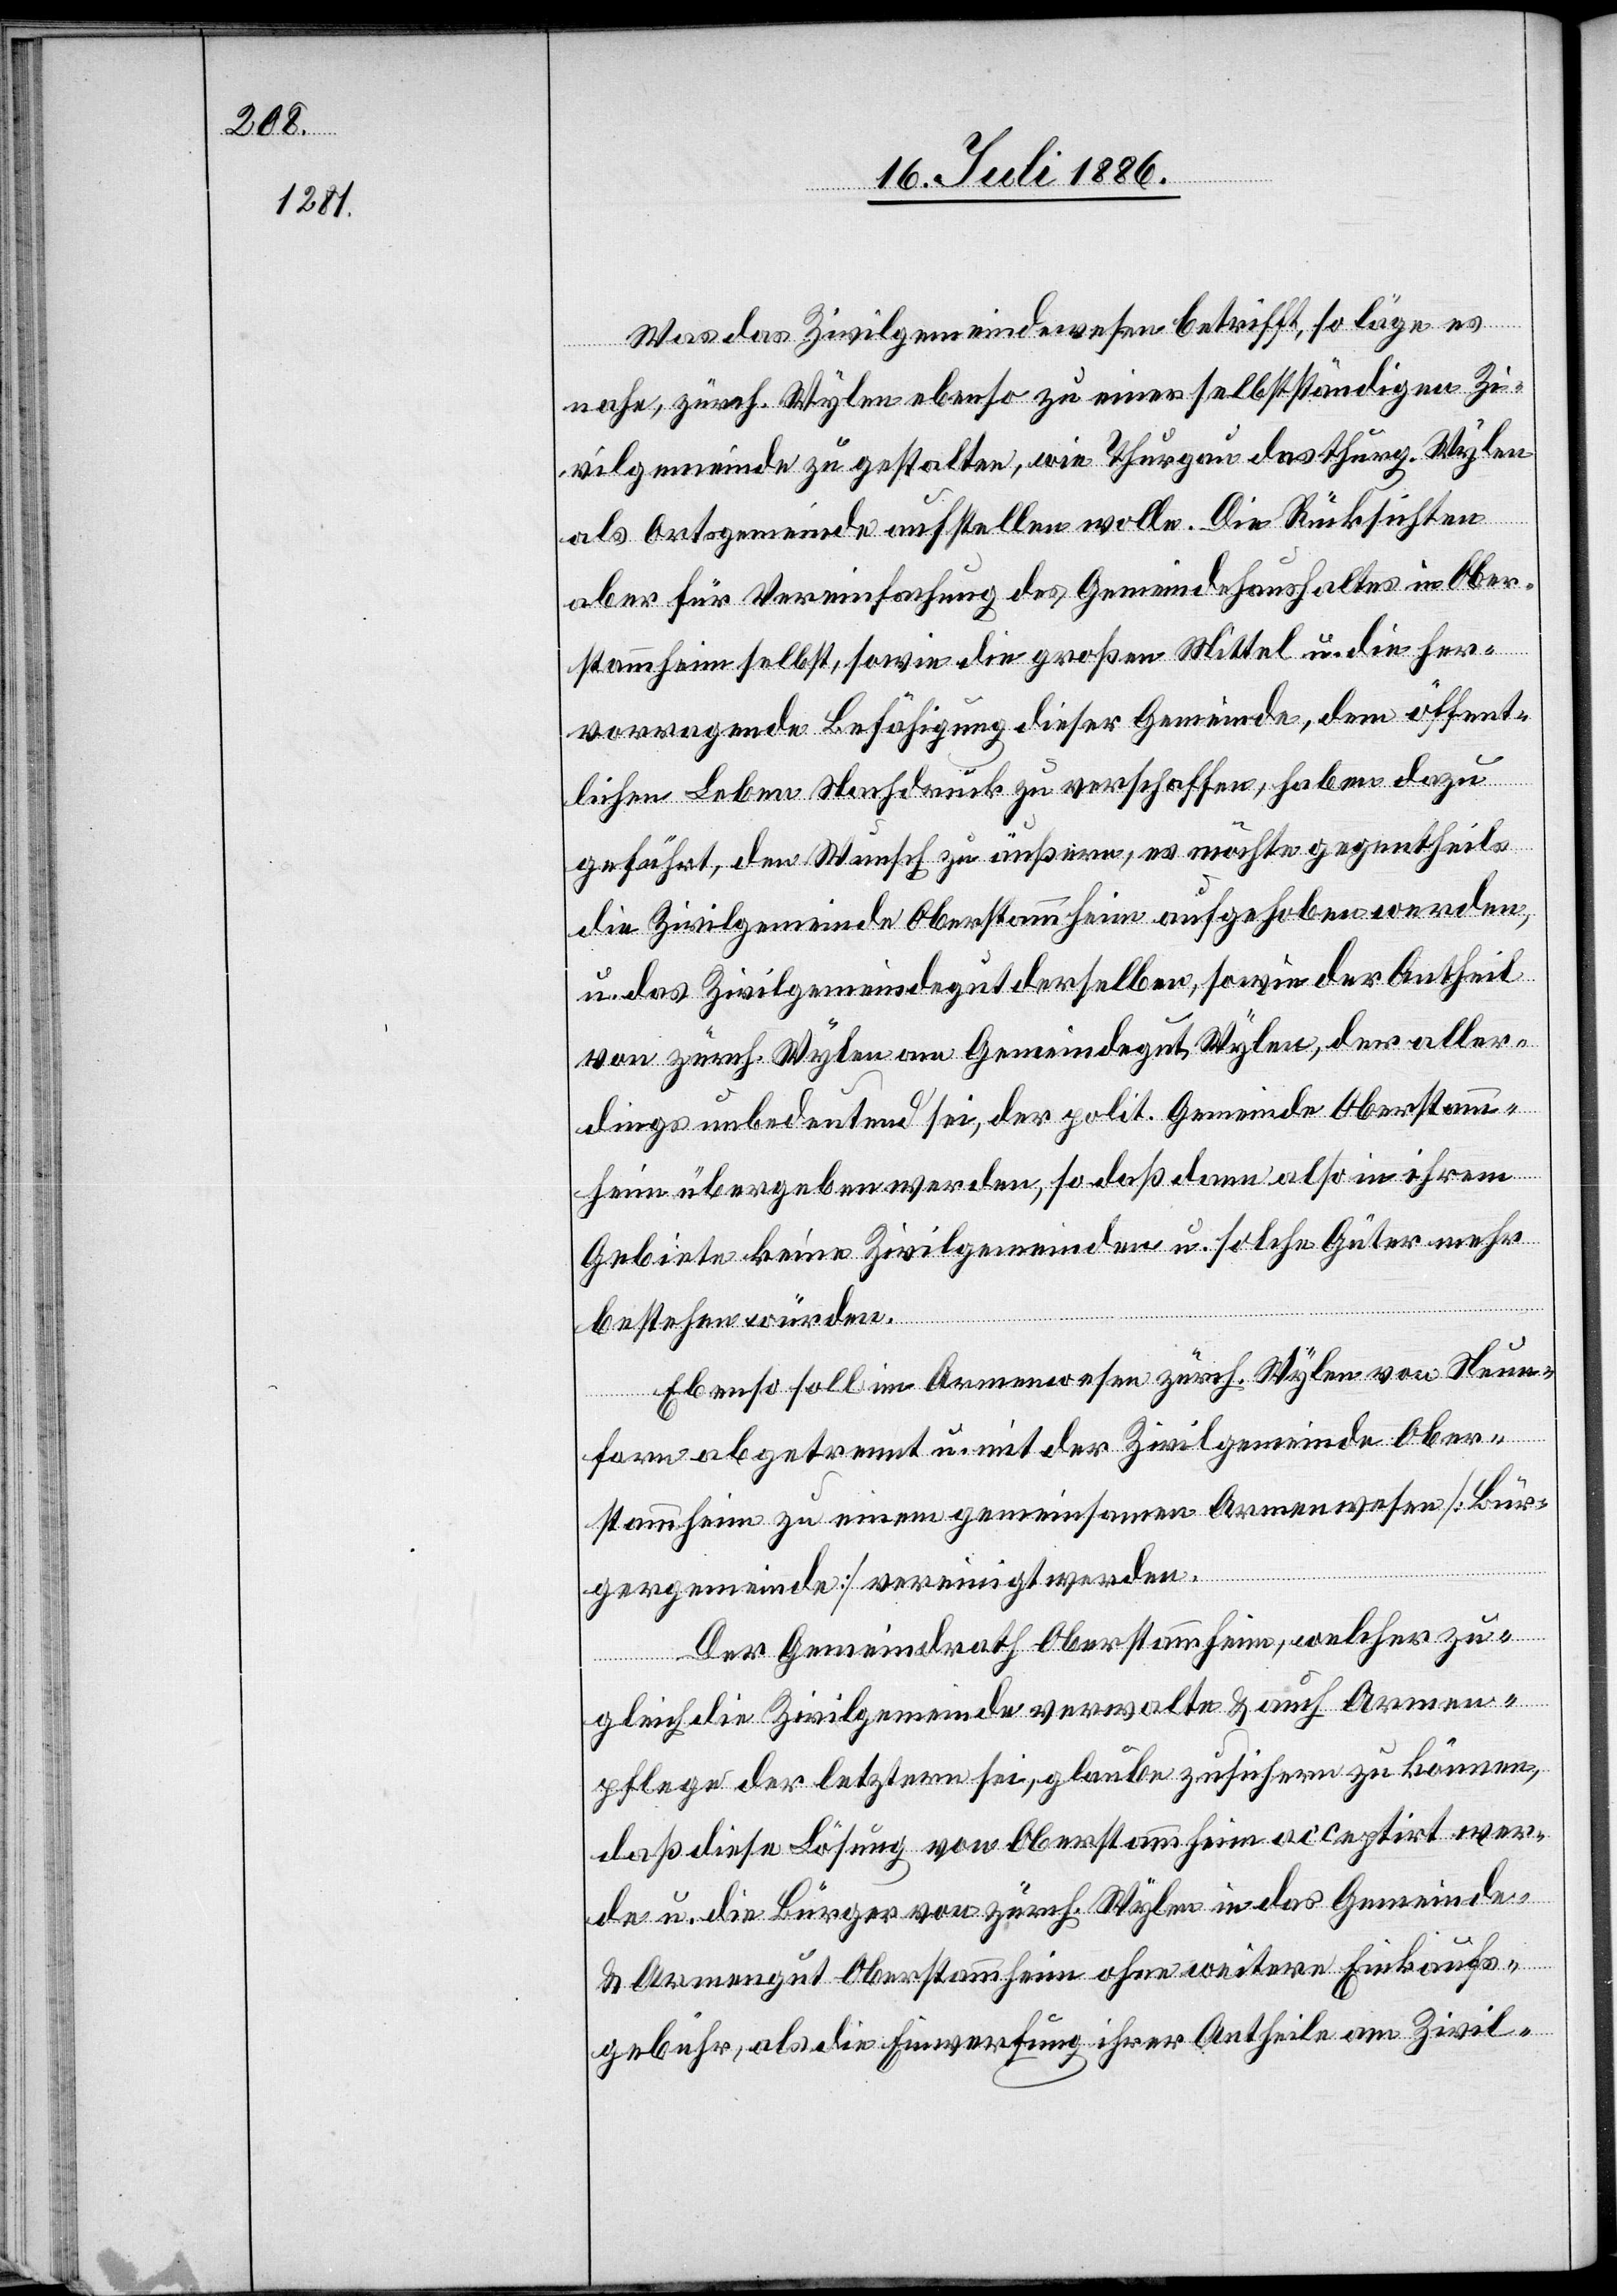
Was das Zivilgemeindewesen betrifft, so läge es
nahe, zürch. Wylen ebenso zu einer selbstständigen Zi¬
vilgemeinde zu gestalten, wie Thurgau das thurg. Wylen
als Ortsgemeinde aufstellen wolle. Die Rücksichten
aber für die Vereinfachung des Gemeindehaushaltes in Ober¬
stammheim selbst, sowie die großen Mittel u. die her¬
vorragende Befähigung dieser Gemeinde, dem öffent¬
lichen Leben Nachdruck zu verschaffen, haben dazu
geführt, den Wunsch zu äußern, es möchte gegentheils
die Zivilgemeinde Oberstammheim aufgehoben werden,
u. das Zivilgemeindegut derselben, sowie der Antheil
von zürch. Wylen am Gemeindegut Wylen, der aller¬
dings unbedeutend sei, der polit. Gemeinde Oberstamm¬
heim übergeben werden, so daß dann also in ihrem
Gebiete keine Zivilgemeinde u. solche Güter mehr
bestehen würden.
Ebenso soll im Armenwesen zürch. Wylen von Neun¬
forn abgetrennt u. mit der Zivilgemeinde Ober¬
stammheim zu einem gemeinsamen Armenwesen [Bür¬
gergemeinde] vereinigt werden.
Der Gemeindrath Oberstammheim, welcher zu¬
gleich die Zivilgemeinde verwalte & auch Armen¬
pflege der letztern sei, glaube zusichern zu können,
daß diese Lösung von Oberstammheim acceptirt wer¬
de u. die Bürger von zürch. Wylen in das Gemeinde-
& Armengut Oberstammheim ohne weitere Einkaufs¬
gebühr, als die Einwerfung ihrer Antheile am Zivil-